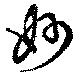
妙